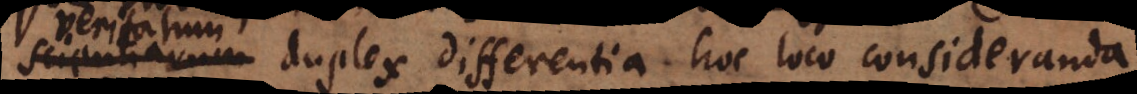
duplex differentia hoc loco consideranda